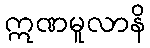
ဣဏမူလာနိ